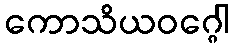
ကောသိယဝဂ္ဂေါ